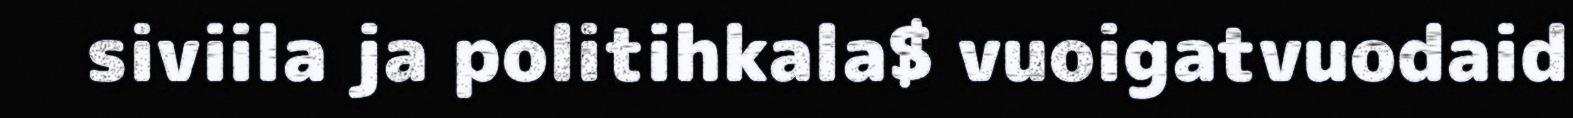
siviila ja politihkala$ vuoigatvuodaid